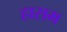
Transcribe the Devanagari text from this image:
हासम